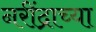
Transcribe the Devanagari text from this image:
नरींद्राच्या